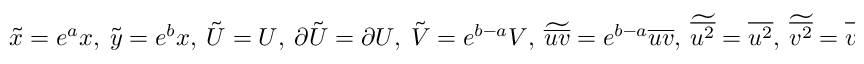
\tilde { x } = e ^ { a } x , \ \tilde { y } = e ^ { b } x , \ \tilde { U } = U , \ \partial \tilde { U } = \partial U , \ \tilde { V } = e ^ { b - a } V , \ \widetilde { \overline { { u v } } } = e ^ { b - a } \overline { { u v } } , \ \widetilde { \overline { { u ^ { 2 } } } } = \overline { { u ^ { 2 } } } , \ \widetilde { \overline { { v ^ { 2 } } } } = \overline { { v ^ { 2 } } } ,